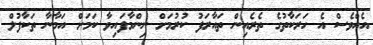
އެއްވެސް އެ ހަރަކާތުގެ ތެރެއިން ތައާރަފު ކުރުމަށް ނިންމާފައިވާ ކަމަށް އަމާނާ ތަކާފުލް